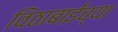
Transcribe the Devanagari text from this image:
विठाबाईंच्या